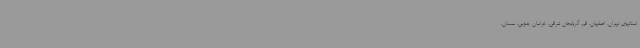
استانهای تهران، اصفهان، قم، آذربایجان شرقی، خراسان جنوبی، سمنان،